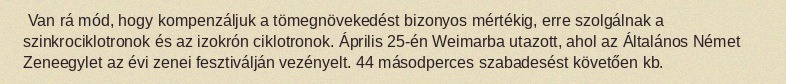
Van rá mód, hogy kompenzáljuk a tömegnövekedést bizonyos mértékig, erre szolgálnak a szinkrociklotronok és az izokrón ciklotronok. Április 25-én Weimarba utazott, ahol az Általános Német Zeneegylet az évi zenei fesztiválján vezényelt. 44 másodperces szabadesést követően kb.